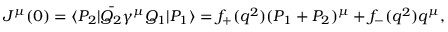
{ } J ^ { \mu } ( 0 ) = \langle P _ { 2 } | \bar { Q _ { 2 } } \gamma ^ { \mu } Q _ { 1 } | P _ { 1 } \rangle = f _ { + } ( q ^ { 2 } ) ( P _ { 1 } + P _ { 2 } ) ^ { \mu } + f _ { - } ( q ^ { 2 } ) q ^ { \mu } ,